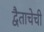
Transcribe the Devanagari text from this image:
द्वैताचेची